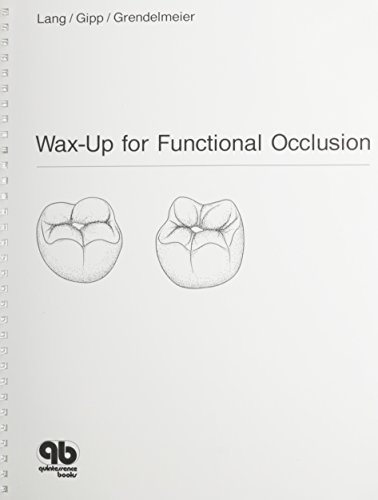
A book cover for Wax-Up for Functional Occlusion: According to the Principles of Freedom in Centric; Niklaus P. Lang; Medical Books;